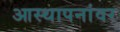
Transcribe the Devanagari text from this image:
आस्‍थापनांवर